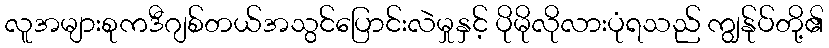
လူအများစုကဒီဂျစ်တယ်အသွင်ပြောင်းလဲမှုနှင့် ပိုမိုလိုလားပုံရသည် ကျွန်ုပ်တို့၏